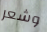
وشعر